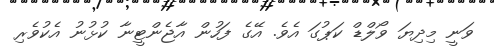
ވަނީ މިދިޔަ ވޯލްޑް ކަޕުގަ އެވެ. އޭގެ ފަހުން އާޖެންޓީނާ ކުޅުނު އެކުވެރި